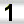
Digit: 1